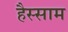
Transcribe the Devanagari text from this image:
हैस्साम